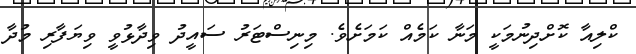
ކްލިއާ ކޮށްދިނުމަކީ މަނާ ކަމެއް ކަމަށެވެ. މިނިސްޓަރު ސައީދު ވިދާޅުވީ ވިޔަފާރި މުދާ